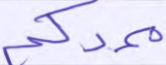
ممدكم